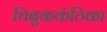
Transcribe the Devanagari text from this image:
चिबुककंठिका